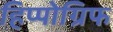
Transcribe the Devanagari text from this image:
हिप्पोग्रिफ